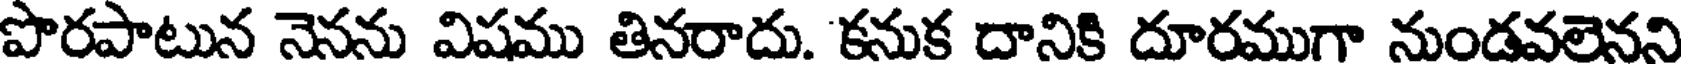
పొరపాటున నెనను విషము తినరాదు. కనుక దానికి దూరముగా నుండవలెనని